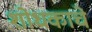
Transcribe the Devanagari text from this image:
शोधकाचे